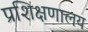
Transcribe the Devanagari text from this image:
प्रशिक्षणालय